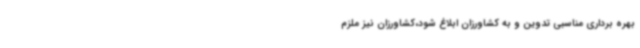
بهره برداری مناسبی تدوین و به کشاورزان ابلاغ شود،کشاورزان نیز ملزم